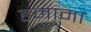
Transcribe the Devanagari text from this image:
हमामा